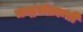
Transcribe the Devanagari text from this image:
चन्द्रसंक्रान्ती